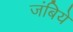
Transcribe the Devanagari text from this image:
जंबिये